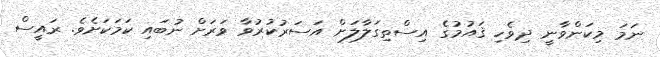
ނަމަ މިކަންވާނީ ދިވެހި ޤައުމުގެ އިސްތިގަލާލަށް އަސަރުކުރުވާ ވަރަށް ނުބައި ކަމަކަށެވެ. ރައީސް